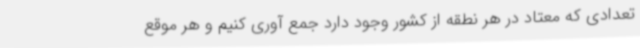
تعدادی که معتاد در هر نطقه از کشور وجود دارد جمع آوری کنیم و هر موقع